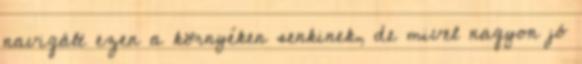
navigált ezen a környéken senkinek, de mivel nagyon jó